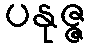
ပနုဇ္ဇ